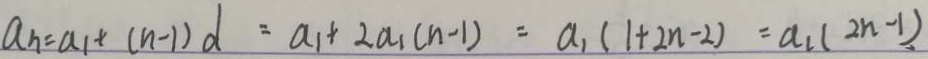
a _ { n } = a _ { 1 } + ( n - 1 ) d = a _ { 1 } + 2 a _ { 1 } ( n - 1 ) = a _ { 1 } ( 1 + 2 n - 2 ) = a _ { 1 } ( 2 n - 1 )